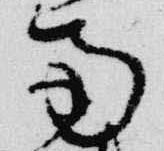
南